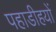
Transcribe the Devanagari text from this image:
पहाडीहयों